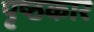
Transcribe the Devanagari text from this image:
पृष्ठकार